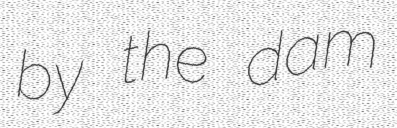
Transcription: by the dam